Annual report on the Civil Veterinary Department, Burma (including the Insein Veterinary School) - 1910-1922
Year: 1910
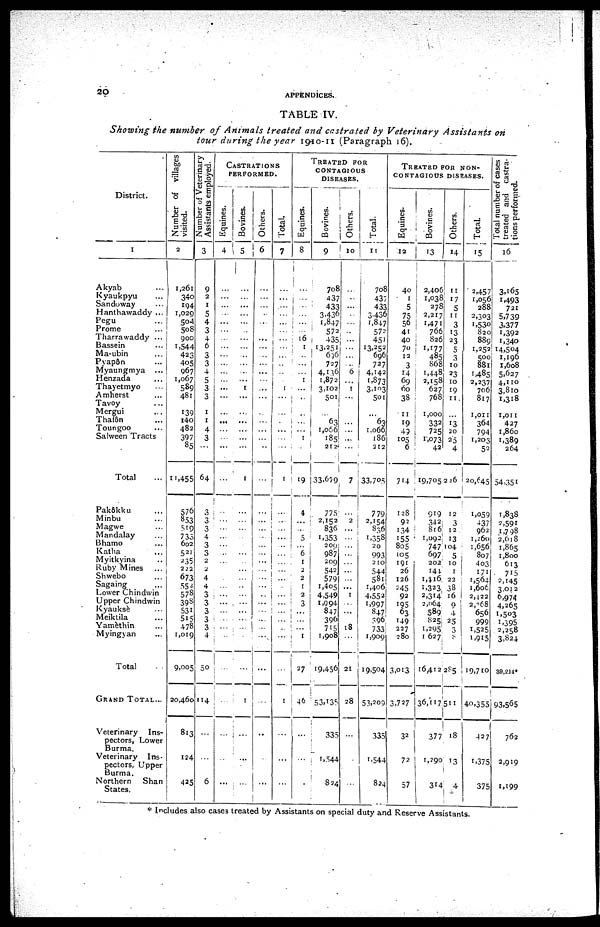
20
APPENDICES.
TABLE IV.
Showing the number of Animals treated and castrated by Veterinary Assistants on
tour during the year 1910-11 (Paragraph 16).
District.
1
Akyab ...
Kyaukpyu ...
Sandoway ...
Hanthawaddy ...
Pegu
Prome ...
Tharrawaddy ...
Bassein ...
Ma-ubin ...
Pyapôn ...
Myaungmya
...
Henzada
Thayetmyo ...
Amherst
Tavoy ...
Mergui ...
Thaf6n
Toungoo ...
Salween Tracts
Total
Number of villages
visited.
2
1,261
340
194
1,029
504
508
900
1,544
423
405
067
1,067
589
481
139
140
482
397
85
11,455
IN umber of veterinary
Assistants employed.
3
9
2
1
5
4
3
4
6
3
3
4
5
3
3
1
1
4
3
...
64
CASTRATIONS PERFORMED.
Equines.
4
...
...
...
...
...
...
...
...
...
...
...
...
...
...
...
...
...
...
...
...
Bovines.
5
...
...
...
...
...
...
...
...
...
...
...
...
1
...
...
...
...
...
...
1
Others.
6
...
...
...
...
...
...
...
...
...
...
...
...
...
...
...
...
...
...
...
...
Total.
7
...
...
...
...
...
...
...
...
...
...
...
...
1
...
...
...
...
...
...
...
TREATED FOR
CONTAGIOUS DISEASES.
Equines.
8
...
...
...
...
...
...
16
1
...
...
...
1
...
...
...
...
...
1
...
19
Bovines.
9
708
437
433
3,436
1,847
572
435
13,251
696
727
4,136
1,872
3,102
501
...
63
1,066
185
212
33,679
Others.
10
...
...
...
...
...
...
...
...
...
...
6
1
...
...
...
...
...
...
7
Total.
11
708
437
433
3,436
r,847
572
451
13,252
696
727
4,142
1,873
3,103
501
...
63
1,066
186
212
33,705
TREATED FOR NON¬CONTAGIOUS DISEASES.
Equines.
12
40
1
5
75
56
41
40
70
12
3
14
69
60
38
11 19
49
105
6
714
Bovines.
13
2,406
1,038
278
2,217
1,471
766
826
1,177
485
868
1,448
2,158
627
768
1,000
332
725
1,073
42
19,705
Others.
14
11
17
5
11
3
13
23
5
3
10
23
10
19
11
...
13
20
25
4
226
Total.
15
2,457
1,056
288
2,303
1,530
820
889
1,252
500
881
1,485
2,237
706
817
1,011
364
794
1,203
52
20,645
Total
number of cases
treated and castra-
tions performed.
16
3,165
1,493
721
5,739
3,377
1,392
1,340
14,504
1,196
1,608
5,627
4,110
3,810
1,318
1,011
427
1,860
1,389
264
54,351
Pak6kku
Minbu ...
Magwe ...
Mandalay ...
Bhamo ...
Katha ...
Myitkyina ...
Ruby Mines
Shwebo ...
Sagaing ...
Lower Chindwin
Upper Chindwin
Kyauksè ...
Meiktila ...
Yamèthin ...
Myingyan ...
Total
GRAND TOTAL...
Veterinary
Ins-
pectors, Lower
Burma.
Veterinary
Ins-
pectors, Upper
Burma.
Northern
Shan
States.
576
853
519
733
602
521
235
222
673
552
578
398
531
515
478
1,019
9,005
20,460
813
124
425
3
3
3
4
3
3
2
2
4
4
3
3
3
3
3
4
50
114
...
...
6
... ...
... ...
... ...
... ...
... ...
... ...
... ...
... ...
...
...
... ...
... ...
... ...
... ...
... ...
... ...
... ...
... 1
... ...
... ...
... ...
...
...
...
...
...
...
...
...
...
...
...
...
...
...
...
...
...
...
...
...
...
...
...
...
...
...
...
...
...
...
...
...
...
...
...
...
...
...
1
...
...
...
4
...
...
5
...
6
1
2
2
1
2
3
...
...
1
27
46
...
...
...
775
2,152
836
1,353
209
987
209
542
579
1,405
4,549
1,994
847
396
715
1,908
19,456
53,135
335
1,544
824
...
2
...
...
...
...
...
...
...
...
1
...
...
...
18
21
28
...
...
...
779
2,154
836
1,358
20
993
210
544
581
1,406
4,552
1,997
847
396
733
1,909
19,504
53,209
335
1,544
824
128
92
134
155
805
105
191
26
126
245
92
195
63
149
227
280
3,013
3,727
32
72
57
919
342
816
1,092
747
697
202
144
1,416
1,323
2,314
2,064
589
825
1,295
1627
16,412
36,117
377
1,290
... 314
12
3
12
13
104
5
10
1
22
38
16
9
4
25
3
8
285
511
18
13
4
1,059
437
962
1,260
1,656
807
403
171
1,564
1,606
2,122
2,268
656
999
1,525
1,915
19,710
40,355
427
1,375
375
1,838
2,591
1,798
2,618
1,865
1,800
613
715
2,145
3,012
6,974
4,265
1,503
1.395
2,258
3,824
39,214*
93,565
762
2,919
1,199
* Includes also cases treated by Assistants on special duty and Reserve Assistants.